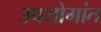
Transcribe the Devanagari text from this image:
उपयोगांत